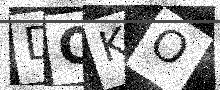
Text: DQKO